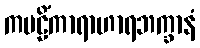
ကဗဠိံကာရာဟာရဘက္ခာနံ